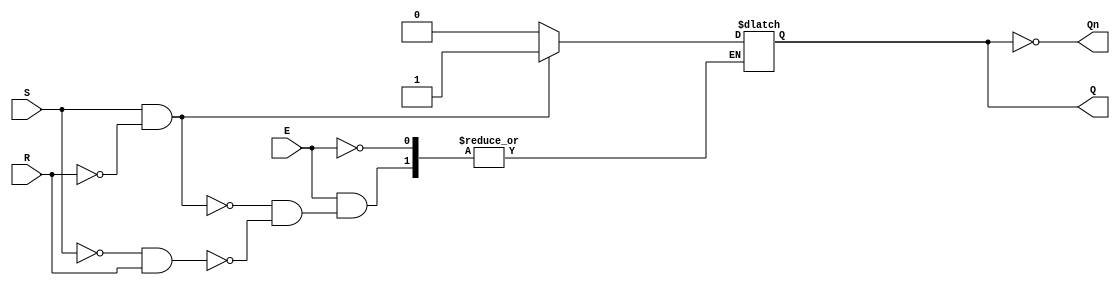
module gated_sr_latch (
    input wire S,      // Set input
    input wire R,      // Reset input
    input wire E,      // Enable input
    output reg Q,      // Output Q
    output wire Qn     // Complement output (not Q)
);

    assign Qn = ~Q;    // Q' is the complement of Q

    always @(*) begin
        if (E) begin
            if (S && !R) begin
                Q <= 1'b1;  // Set Q to 1
            end else if (!S && R) begin
                Q <= 1'b0;  // Reset Q to 0
            end
            // If S and R are both low, Q retains its previous state.
            // If S and R are both high, this is an invalid state.
        end
        // If E is low, Q retains its previous state.
    end

endmodule